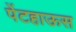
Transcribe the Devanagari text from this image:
पेंटहाऊस